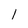
Character: 1